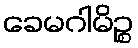
ခေမဂါမိဉ္စ